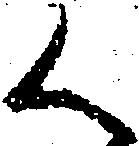
く